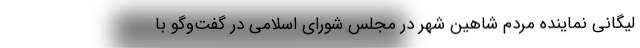
لیگانی نماینده مردم شاهین شهر در مجلس شورای اسلامی در گفت‌وگو با